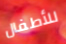
للأطفال